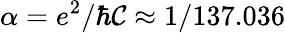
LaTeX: \alpha=e^{2}/\hbar\mathcal{C}\approx1/137.036